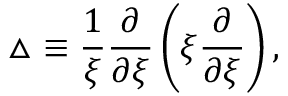
\triangle \equiv \frac { 1 } { \xi } \frac { \partial } { \partial \xi } \left( \xi \frac { \partial } { \partial \xi } \right) ,